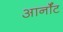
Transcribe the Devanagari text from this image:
आर्नॉट